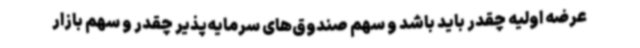
عرضه اولیه چقدر باید باشد و سهم صندوق‌های سرمایه‌پذیر چقدر و سهم بازار